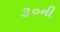
૩૦ની